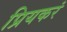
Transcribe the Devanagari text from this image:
प्रियकरं